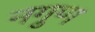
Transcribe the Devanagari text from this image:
नगुण